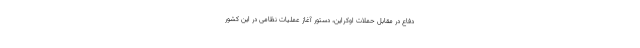
دفاع در مقابل حملات اوکراین، دستور آغاز عملیات نظامی در این کشور